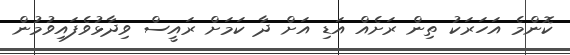
ކޮންމެ އަހަރަކު ތިން ރަށެއް އަޑި އަށް ދާ ކަމަށް ރައީސް ވިދާޅުވެފައިވުމުން